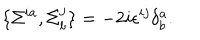
\{ \Sigma ^ { i a } , \Sigma _ { b } ^ { j } \} = - 2 i \epsilon ^ { i j } \delta _ { b } ^ { a } .